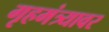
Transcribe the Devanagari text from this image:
गृहमंत्र्यावर